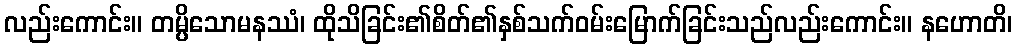
လည်းကောင်း။ တမ္ပိသောမနဿံ၊ ထိုသိခြင်း၏စိတ်၏နှစ်သက်ဝမ်းမြောက်ခြင်းသည်လည်းကောင်း။ နဟောတိ၊